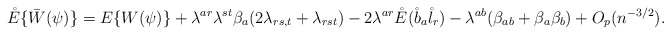
\begin{align*}\mathring E\{\bar W(\psi)\}= E\{W(\psi)\}+\lambda^{ar}\lambda^{st}\beta_a(2\lambda_{rs,t}+\lambda_{rst})-2\lambda^{ar}\mathring E(\mathring b_a \mathring l_r)-\lambda^{ab}(\beta_{ab}+\beta_a\beta_b)+O_p(n^{-3/2}).\end{align*}